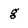
Character: g